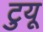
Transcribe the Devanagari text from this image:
टुयू